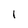
Character: 1